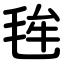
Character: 毪